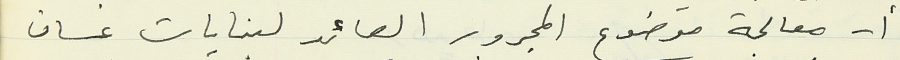
أ - معالجة موضوع المجرور العائد لبنايات غسان